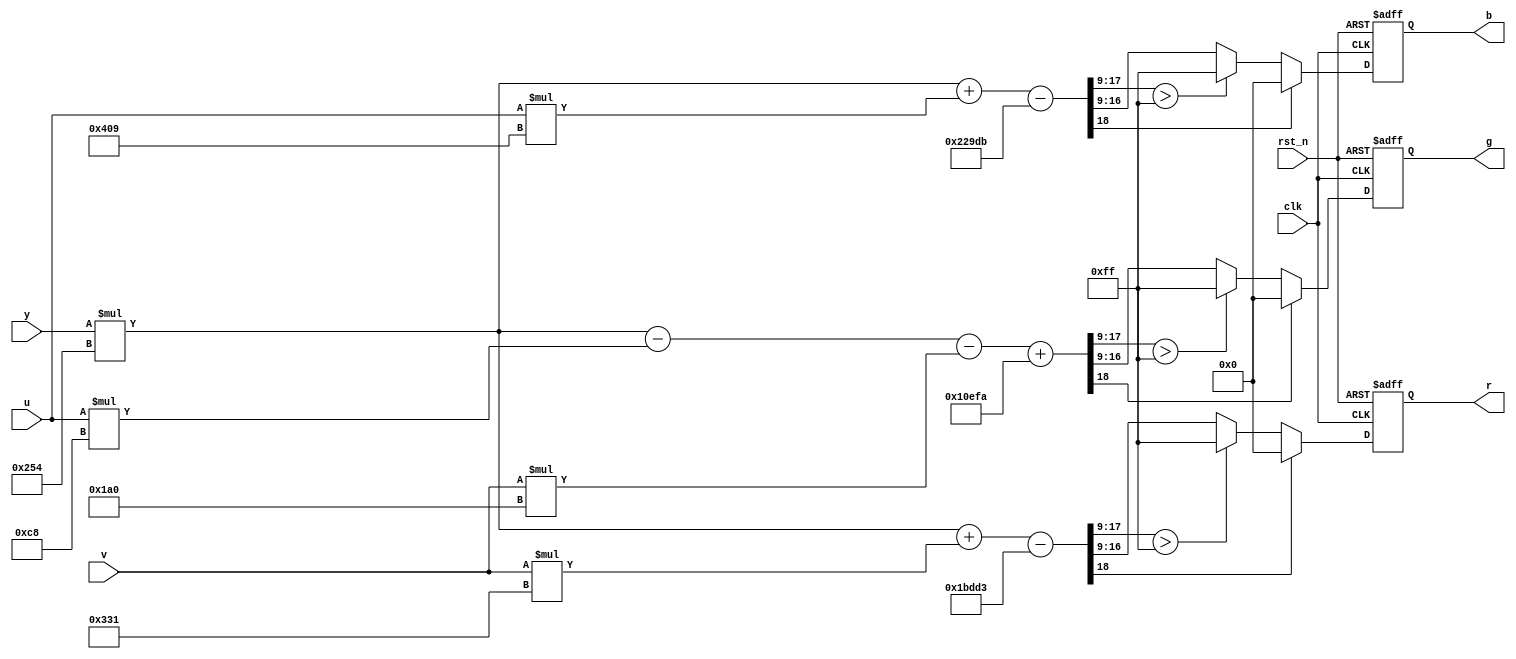
module yuv2rgb (
  clk,
  rst_n,
  y,
  u,
  v,
  r,
  g,
  b
);
input			clk;
input			rst_n;
input 	[7:0]	y;
input	[7:0]	u;
input 	[7:0]	v;
output	[7:0]	r;
output	[7:0]	g;
output	[7:0]	b;

//
//regs
//
reg  [7:0]  r,g,b;
reg  [9:0] r_tmp;
reg  [9:0] g_tmp;
reg  [9:0] b_tmp;

always@(posedge clk or negedge rst_n) begin
  if (!rst_n) begin
    r   		<= 0;
    g	  		<= 0;
    b   		<= 0;
  end
  else begin
    if (r_tmp[9])
      r <= 0;
    else if (r_tmp[8:0] > 255)
      r <= 255;
    else
      r <= r_tmp[7:0];

    if (g_tmp[9])
      g <= 0;
    else if (g_tmp[8:0] > 255)
      g <= 255;
    else
      g <= g_tmp[7:0];
      
    if (b_tmp[9])
      b <= 0;
    else if (b_tmp[8:0] > 255)
      b <= 255;
    else
      b <= b_tmp[7:0];
  end
end

/*
R = 1.164(Y-16) + 1.596(Cr-128)
G = 1.164(Y-16) - 0.391(Cb-128) - 0.813(Cr-128)
B = 1.164(Y-16) + 2.018(Cb-128)

R << 9 = 596Y  + 817Cr          - 114131
G << 9 = 596Y  - 416Cr - 200Cb  + 69370
B << 9 = 596Y          + 1033Cb - 141787
*/

always@(*) begin
    r_tmp <= ( y*596 + v*817 - 114131 ) >>9;
    g_tmp <= ( y*596 - u*200 - v*416 + 69370) >>9;
    b_tmp <= ( y*596 + u*1033 - 141787 ) >>9;
end

endmodule